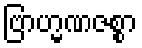
ဗြာဟ္မဏဇစ္စာ